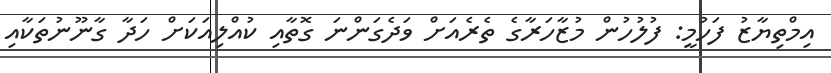
އިމްތިޔާޒު ފަހުމީ: ފުލުހުން މުޒާހަރާގެ ތެރެއަށް ވަދެގަންނަ ގޮތާއި ކުއްލިއަކަށް ހަދާ ގާނޫނުތަކާއި